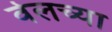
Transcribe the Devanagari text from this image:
वेलच्या